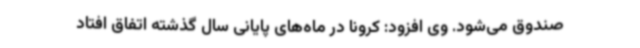
صندوق می‌شود. وی افزود: کرونا در ماه‌های پایانی سال گذشته اتفاق افتاد